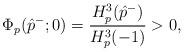
LaTeX: \begin{align*} \Phi_p(\hat{p}^-;0)=\dfrac{H_p^3(\hat{p}^-)}{H_p^3(-1)}>0,\end{align*}